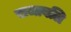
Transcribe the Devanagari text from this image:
राजाबलि